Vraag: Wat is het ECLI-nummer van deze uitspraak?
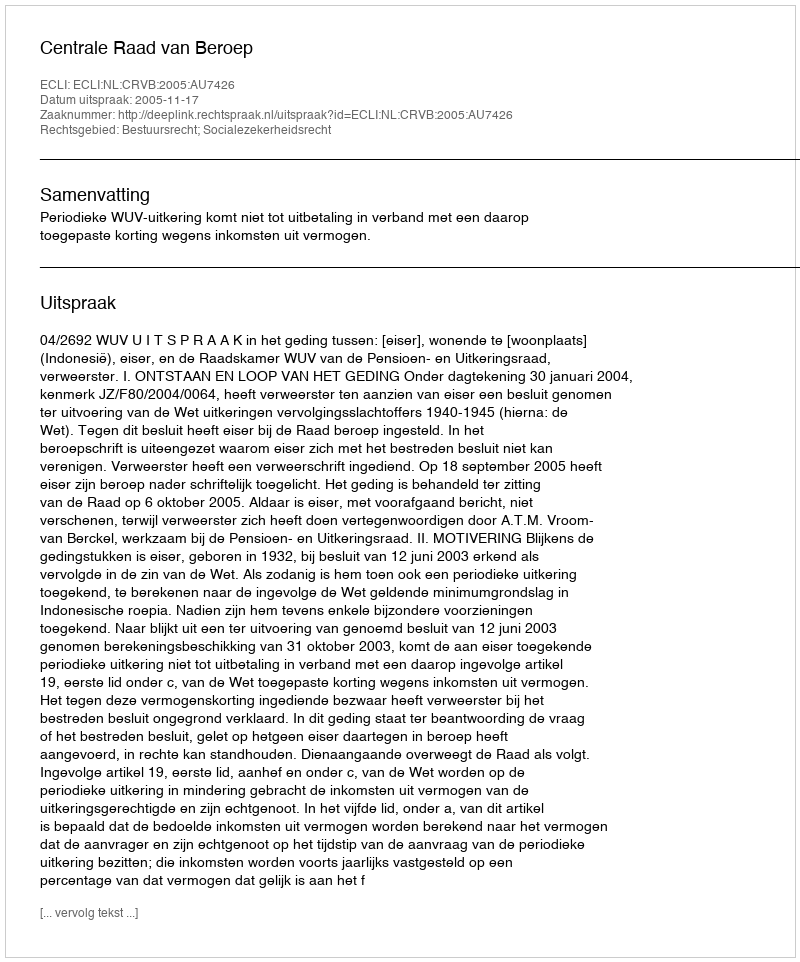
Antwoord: ECLI:NL:CRVB:2005:AU7426